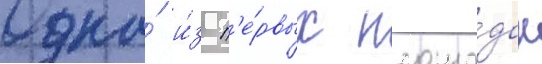
Одна́ и́з п'е́рвых площа́док